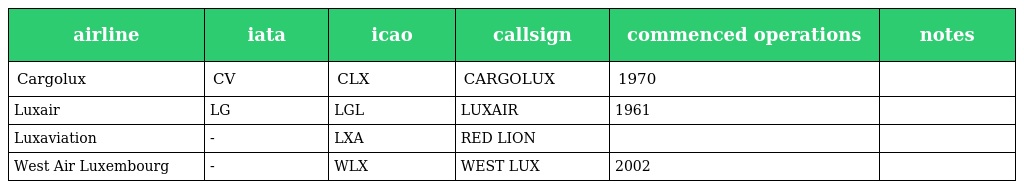
| airline | iata | icao | callsign | commenced operations | notes |
 | --- | --- | --- | --- | --- | --- |
 | Cargolux | CV | CLX | CARGOLUX | 1970 |  |
 | Luxair | LG | LGL | LUXAIR | 1961 |  |
 | Luxaviation | - | LXA | RED LION |  |  |
 | West Air Luxembourg | - | WLX | WEST LUX | 2002 |  |